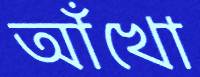
আঁখো